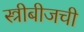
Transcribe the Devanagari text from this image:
स्त्रीबीजची